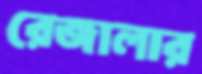
রেজালার